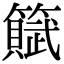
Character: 𫂩